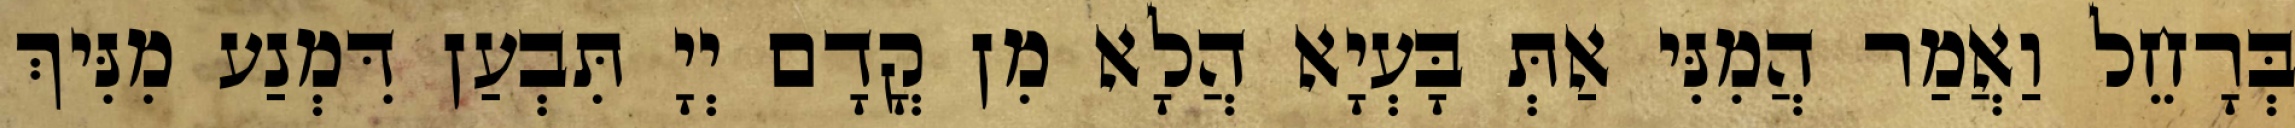
בְּרָחֵל וַאֲמַר הֲמִנִּי אַתְּ בָּעְיָא הֲלָא מִן קֳדָם יְיָ תִּבְעַן דִּמְנַע מִנִּיךְ